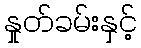
နှုတ်ခမ်းနှင့်